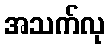
အသက်လု